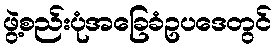
ဖွဲ့စည်းပုံအခြေခံဥပဒေတွင်